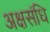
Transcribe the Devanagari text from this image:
अक्षसंधि